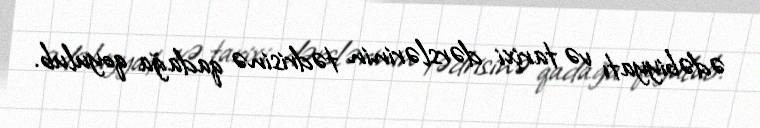
ədəbiyyatı və tarixi dərslərinin tədrisinə qadağa qoyulub.